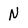
Character: N